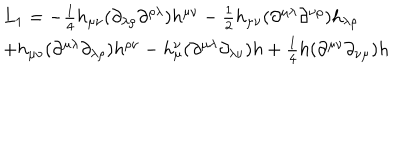
LaTeX: \begin{array} { l } { { L _ { 1 } = - \frac { 1 } { 4 } h _ { \mu \nu } ( \partial _ { \lambda \rho } \partial ^ { \rho \lambda } ) h ^ { \mu \nu } - \frac { 1 } { 2 } h _ { \mu \nu } ( \partial ^ { \mu \lambda } \partial ^ { \nu \rho } ) h _ { \lambda \rho } } } \\ { { + h _ { \mu \nu } ( \partial ^ { \mu \lambda } \partial _ { \lambda \rho } ) h ^ { \rho \nu } - h _ { \mu } ^ { \nu } ( \partial ^ { \mu \lambda } \partial _ { \lambda \nu } ) h + \frac { 1 } { 4 } h ( \partial ^ { \mu \nu } \partial _ { \nu \mu } ) h } } \\ \end{array}